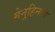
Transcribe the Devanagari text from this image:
मेनुहिनला